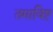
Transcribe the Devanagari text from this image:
तमाविष्ट